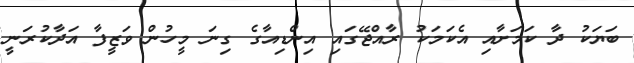
ބަޔަކު ދާ ކަމަށާއި އެކަމަކު ރާއްޖޭގައި އިންޑިއާގެ ގިނަ މީހުން ވަޒީފާ އަދާކުރަނީ